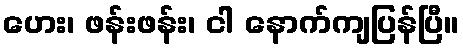
ဟေး၊ ဖန်းဖန်း၊ ငါ နောက်ကျပြန်ပြီ။